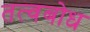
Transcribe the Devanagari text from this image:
तत्वबोध